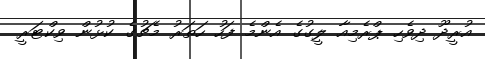
އުރީދޫ ދިވެހި ޕްރެމިއާ ލީގުގެ އެންމެ ފަހު ހަތަރު މެޗުގެ ކުޅުން ވިކްޓަރީ